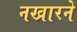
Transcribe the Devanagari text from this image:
नखारने